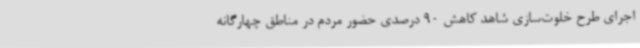
اجرای طرح خلوت‌سازی شاهد کاهش 90 درصدی حضور مردم در مناطق چهارگانه